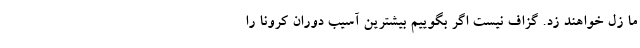
ما زل خواهند زد. گزاف نیست اگر بگوییم بیشترین آسیب دوران کرونا را